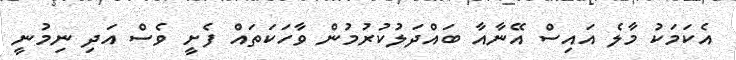
އެކަމަކު މާލެ އައިސް އޭނާއާ ބައްދަލުކުރުމުން ވާހަކަތައް ފެށީ ވެސް އަދި ނިމުނީ